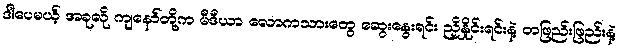
ဒါပေမယ့် အခုလို ကျနော်တို့က မီဒီယာ လောကသားတွေ ဆွေးနွေးရင်း ညှိနှိုင်းရင်းနဲ့ တဖြည်းဖြည်းနဲ့